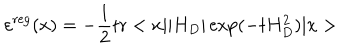
LaTeX: \varepsilon ^ { \mathrm { r e g } } ( x ) = - \frac { 1 } { 2 } \mathrm { t r } < x | | H _ { D } | \exp ( - t H _ { D } ^ { 2 } ) | x >